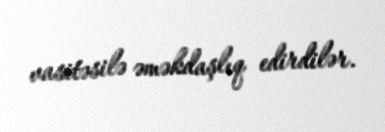
vasitəsilə əməkdaşlıq edirdilər.